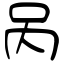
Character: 呙